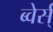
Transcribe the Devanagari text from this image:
ब्वेर्स्